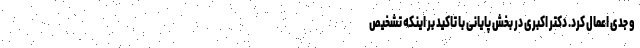
و جدی اعمال کرد. دکتر اکبری در بخش پایانی با تاکید بر اینکه تشخیص